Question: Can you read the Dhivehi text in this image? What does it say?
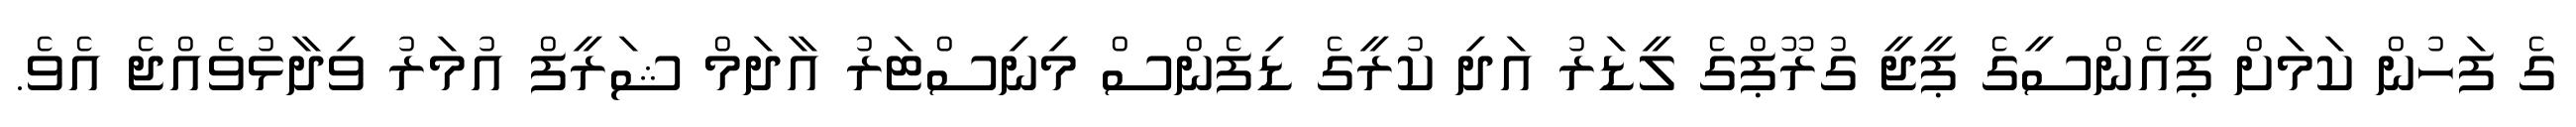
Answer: ގެ ފަހުން ކަމަށް ޕީއެންސީގެ ޕީޖީ ގުރޫޕްގެ ލީޑަރު އަދި ކުރީގެ ޑިފެންސް މިނިސްޓަރު އާދަމް ޝަރީފް އުމަރު ވިދާޅުވެއްޖެ އެވެ.